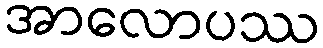
အာလောပဿ